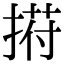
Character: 𢰆